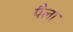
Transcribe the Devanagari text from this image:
पैला